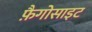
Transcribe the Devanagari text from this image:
फ़ैगोसाइट